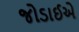
જોડાઈએ